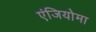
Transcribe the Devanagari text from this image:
एंजियोमा